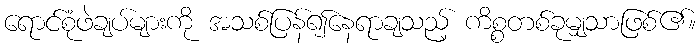
ရောင်စုံဖဲချပ်များကို အသစ်ပြန်၍နေရာချသည့် ကိစ္စတစ်ခုမျှသာဖြစ်၏။